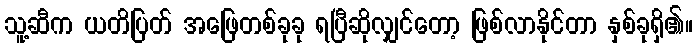
သူ့ဆီက ယတိပြတ် အဖြေတစ်ခုခု ရပြီဆိုလျှင်တော့ ဖြစ်လာနိုင်တာ နှစ်ခုရှိ၏။